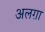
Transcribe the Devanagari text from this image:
अलग़ा